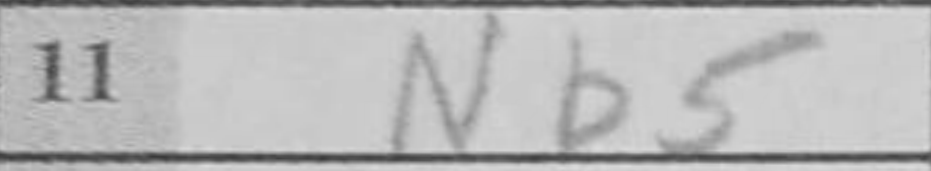
Transcription: Nb5